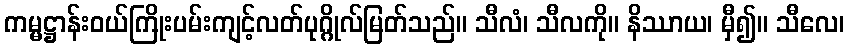
ကမ္မဋ္ဌာန်းဝယ်ကြိုးပမ်းကျင့်လတ်ပုဂ္ဂိုလ်မြတ်သည်။ သီလံ၊ သီလကို။ နိဿာယ၊ မှီ၍။ သီလေ၊